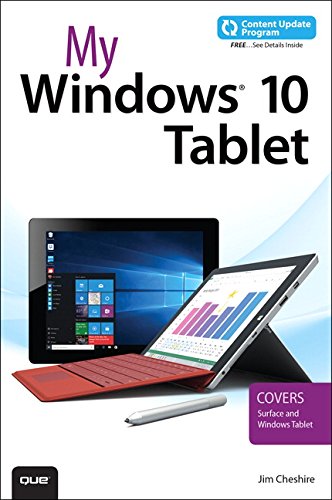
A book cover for My Windows 10 Tablet (includes Content Update Program): Covers Windows 10 Tablets including Microsoft Surface Pro; Jim Cheshire; Computers & Technology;